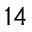
^ { 1 4 }